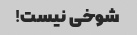
شوخی نیست!